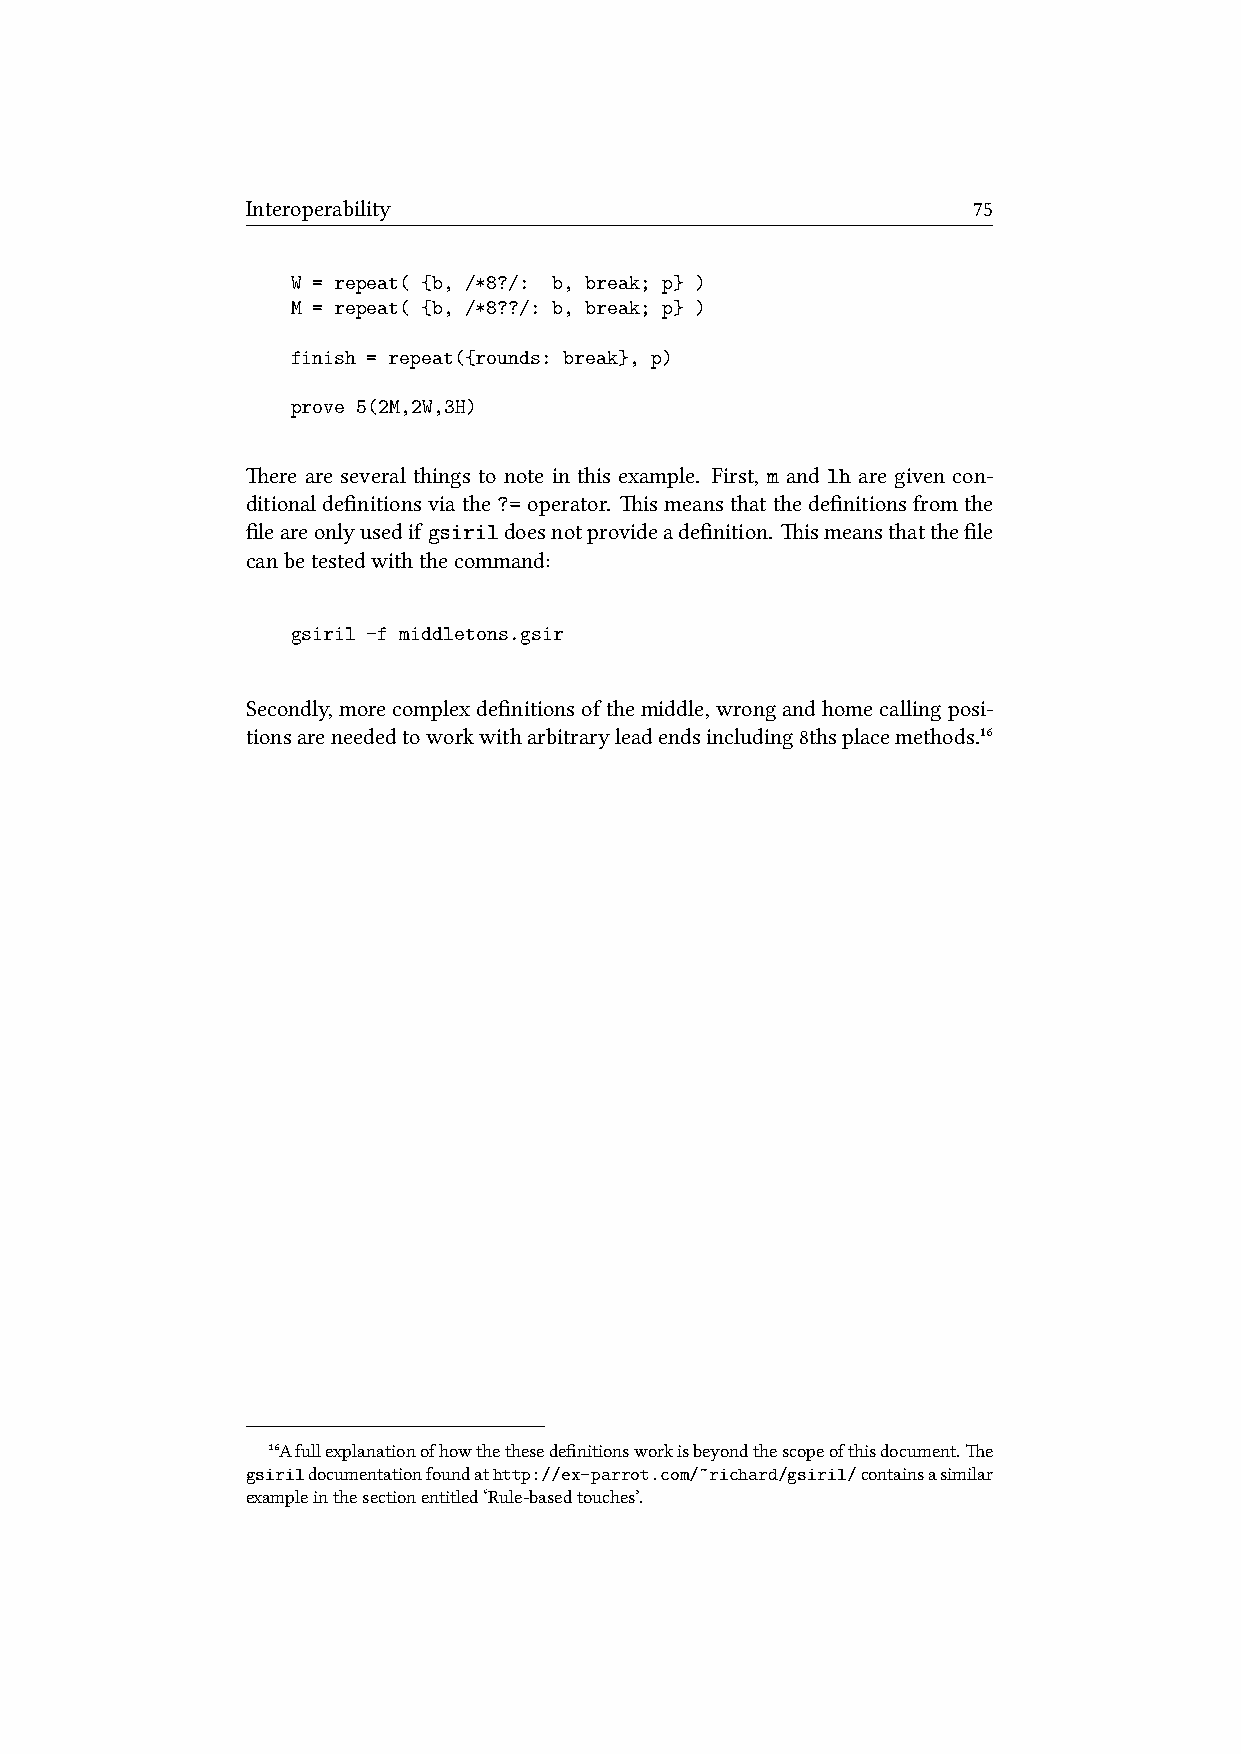
Interoperability                                75
 W = repeat( {b, /*8?/: b, break; p} )
 M = repeat( {b, /*8??/: b, break; p} )
 finish = repeat({rounds: break}, p)
 prove 5(2M,2W,3H)
 ere are several things to note in this example. First, m and lh are given con-
 ditionaldefinitionsviathe?=operator. ismeansthatthedefinitionsfromthe
 fileareonlyusedif gsirildoesnotprovideadefinition. ismeansthatthefile
 canbetestedwiththecommand:
 gsiril -f middletons.gsir
 Secondly,morecomplexdefinitionsofthemiddle,wrongandhomecallingposi-
 tionsareneededtoworkwitharbitraryleadendsincluding8thsplacemethods.¹⁶
 ¹⁶Afullexplanationofhowthethesedefinitionsworkisbeyondthescopeofthisdocument.e
 gsirildocumentationfoundathttp://ex-parrot.com/~richard/gsiril/containsasimilar
 exampleinthesectionentitled‘Rule-basedtouches’.